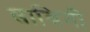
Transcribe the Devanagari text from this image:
साबिनी